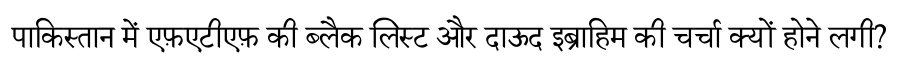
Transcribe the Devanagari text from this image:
पाकिस्तान में एफ़एटीएफ़ की ब्लैक लिस्ट और दाऊद इब्राहिम की चर्चा क्यों होने लगी?